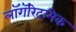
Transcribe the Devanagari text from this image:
लॉगॅरिदमिक